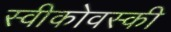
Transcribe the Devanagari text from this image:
स्वीकोवस्की